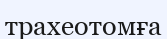
трахеотомға